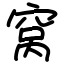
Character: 窝